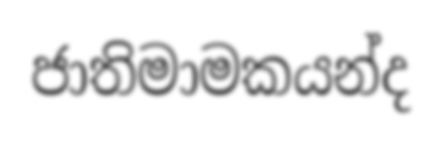
ජාතිමාමකයන්ද